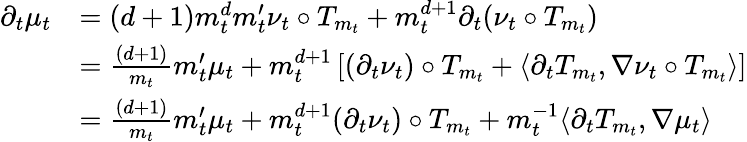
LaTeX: \begin{array}{rl}{\partial_{t}\mu_{t}}&{=(d+1)m_{t}^{d}m_{t}^{\prime}\nu_{t}\circ T_{m_{t}}+m_{t}^{d+1}\partial_{t}(\nu_{t}\circ T_{m_{t}})}\\ &{=\frac{(d+1)}{m_{t}}m_{t}^{\prime}\mu_{t}+m_{t}^{d+1}\left[(\partial_{t}\nu_{t})\circ T_{m_{t}}+\langle\partial_{t}T_{m_{t}},\nabla\nu_{t}\circ T_{m_{t}}\rangle\right]}\\ &{=\frac{(d+1)}{m_{t}}m_{t}^{\prime}\mu_{t}+m_{t}^{d+1}(\partial_{t}\nu_{t})\circ T_{m_{t}}+m_{t}^{-1}\langle\partial_{t}T_{m_{t}},\nabla\mu_{t}\rangle}\end{array}